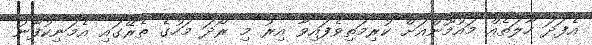
އެފަދަ ހާލަތެއް މައުމޫންއަށް ކުރިމަތިވެފައިވާ އިރު މި ރޯދަ މަހުގެ ތެރޭގައި އެމަނިކުފާނު